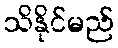
သိနိုင်မည်